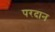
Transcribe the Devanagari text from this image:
परदान